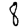
Digit: 8